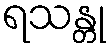
ရသန္တု